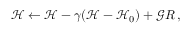
\mathcal { H } \leftarrow \mathcal { H } - \gamma ( \mathcal { H } - \mathcal { H } _ { 0 } ) + \mathcal { G } R \, ,